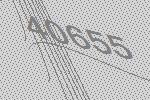
40655